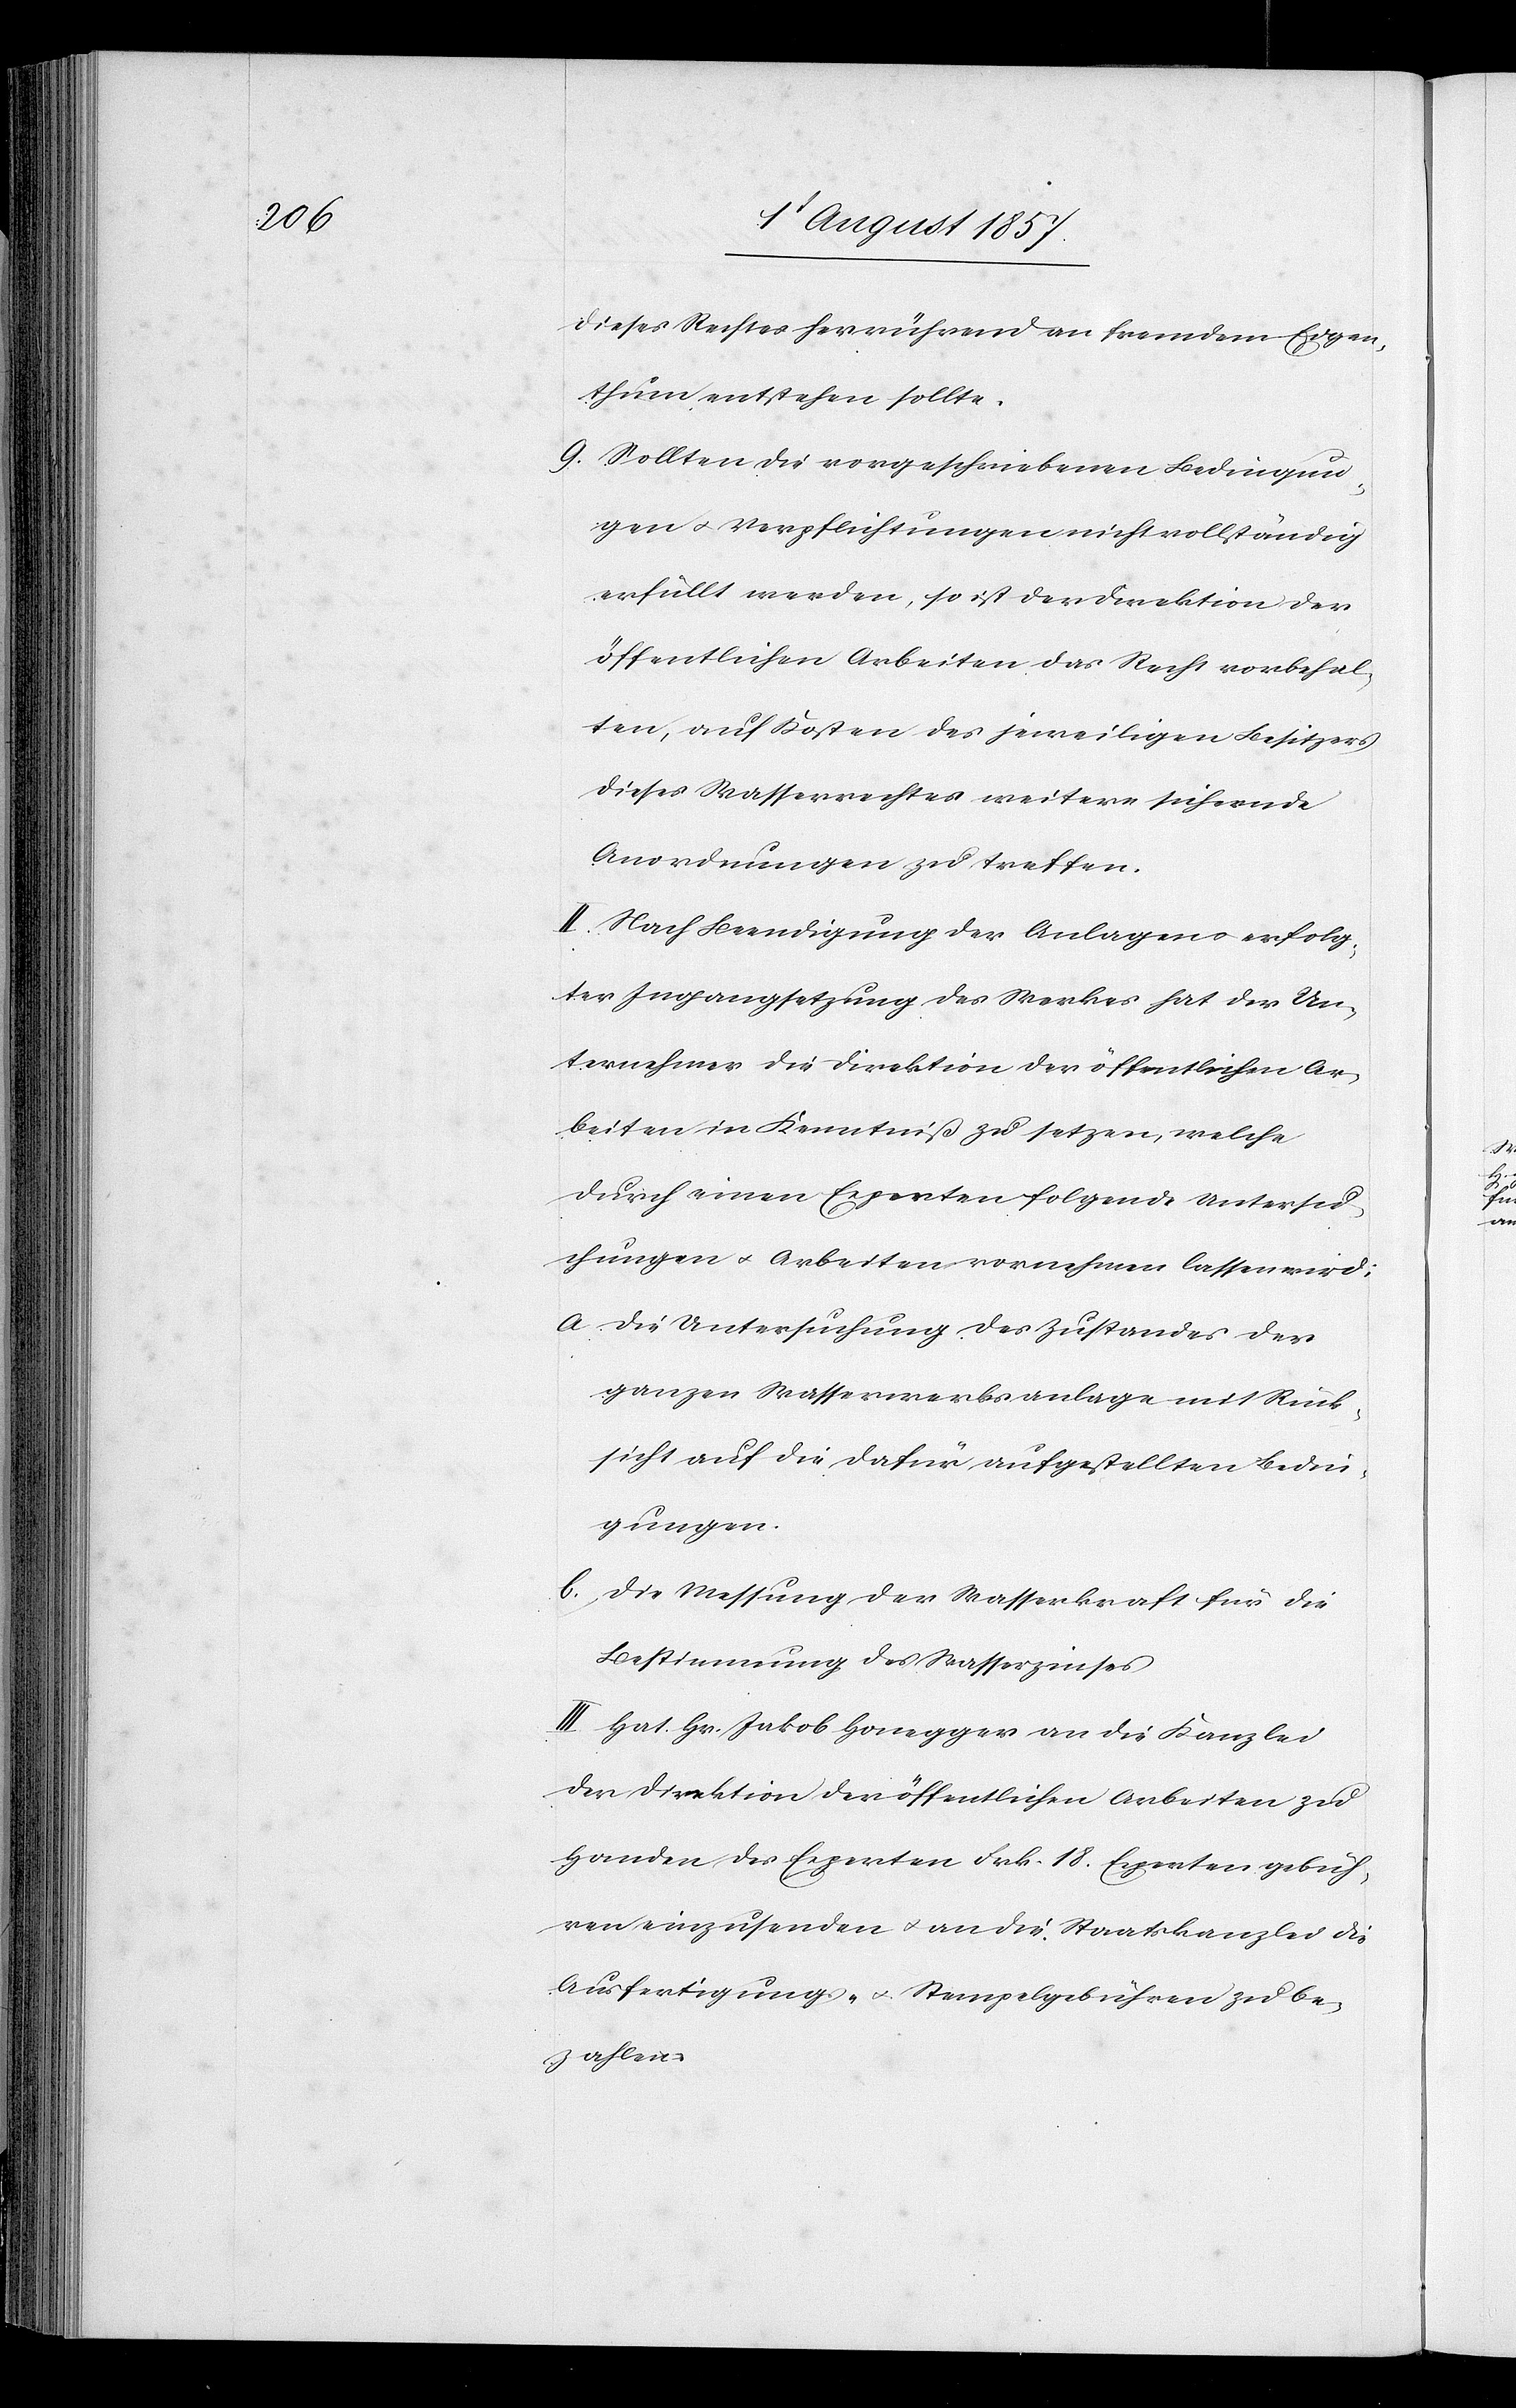
dieses Rechtes herrührend an fremdem Eigen¬
thum entstehen sollte.
9. Sollten die vorgeschriebenen Bedingun¬
gen & Verpflichtungen nicht vollständig
erfüllt werden, so ist der Direktion der
öffentlichen Arbeiten das Recht vorbehal¬
ten, auf Kosten des jeweiligen Besitzers
dieses Wasserrechtes weitere sichernde
Anordnungen zu treffen.
II. Nach Beendigung der Anlagen & erfolg¬
ter Ingangsetzung des Werkes hat der Un¬
ternehmer die Direktion der öffentlichen Ar¬
beiten in Kenntniß zu setzen, welche
durch einen Experten folgende Untersu¬
chungen & Arbeiten vornehmen lassen wird:
a Die Untersuchung des Zustandes der
ganzen Wasserwerksanlage mit Rück¬
sicht auf die dafür aufgestellten Bedin¬
gungen.
b. Die Messung der Wasserkraft für die
Bestimmung des Wasserzinses.
III. Hat Hr. Jakob Honegger an die Kanzlei
der Direktion der öffentlichen Arbeiten zu
Handen des Experten Frk. 18 Expertengebüh¬
ren einzusenden & an die Staatskanzlei die
Ausfertigungs- & Stempelgebühren zu be¬
zahlen.